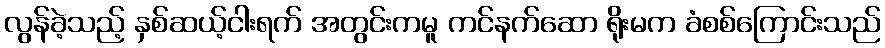
လွန်ခဲ့သည့် နှစ်ဆယ့်ငါးရက် အတွင်းကမူ ကင်နက်ဆော ရိုးမက ခံစစ်ကြောင်းသည်